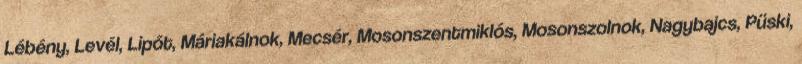
Lébény, Levél, Lipót, Máriakálnok, Mecsér, Mosonszentmiklós, Mosonszolnok, Nagybajcs, Püski,